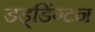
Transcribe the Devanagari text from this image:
डड्डिंग्टन